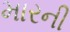
મારની